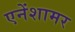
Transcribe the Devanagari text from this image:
एनेंशामर